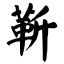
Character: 靳